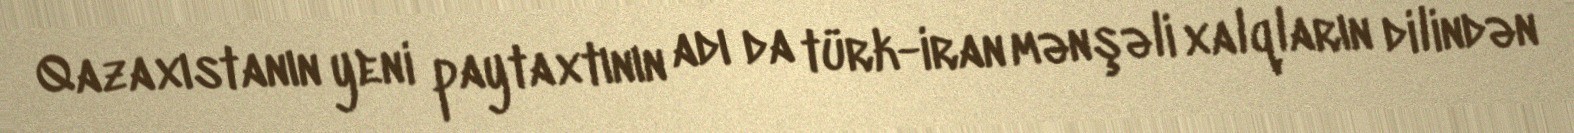
Qazaxıstanın yeni paytaxtının adı da türk-iran mənşəli xalqların dilindən